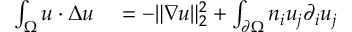
\begin{array} { r l } { \int _ { \Omega } u \cdot \Delta u } & { { } = - \| \nabla u \| _ { 2 } ^ { 2 } + \int _ { \partial \Omega } n _ { i } u _ { j } \partial _ { i } u _ { j } } \end{array}